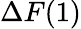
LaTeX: \Delta F(1)